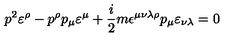
p ^ { 2 } \varepsilon ^ { \rho } - p ^ { \rho } p _ { \mu } \varepsilon ^ { \mu } + \frac { i } { 2 } m \epsilon ^ { \mu \nu \lambda \rho } p _ { \mu } \varepsilon _ { \nu \lambda } = 0